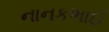
નાનકભાઈ